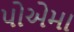
પોએમા